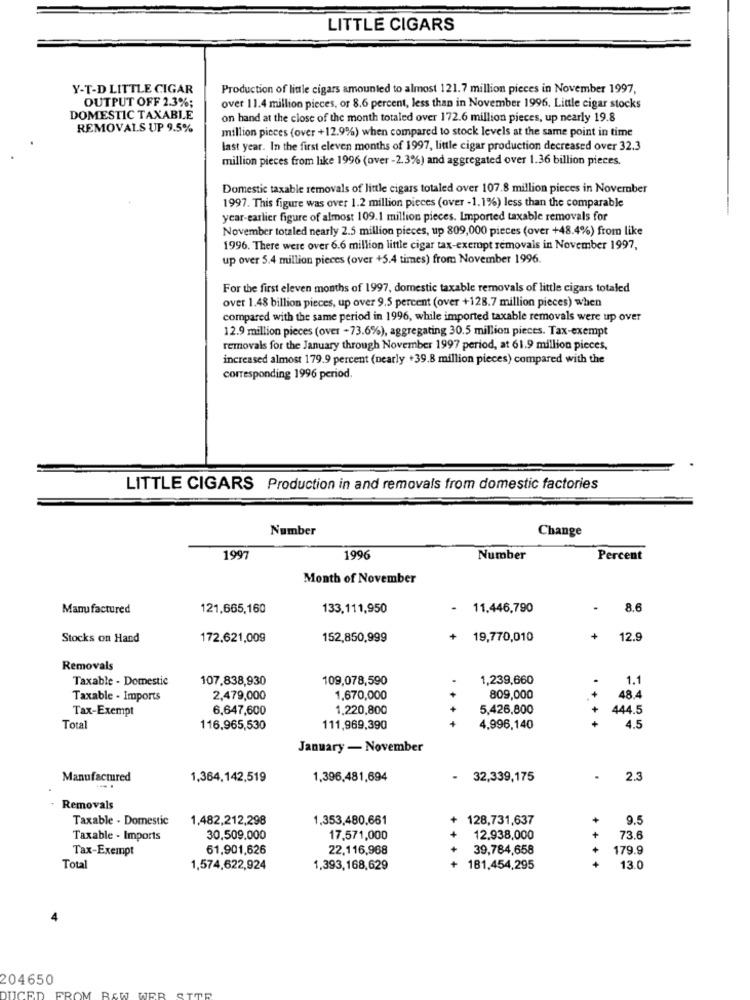
LITTLE CIGARS
Y-T-D LITTLE CIGAR
Production of little cigars amounted to almost 121.7 million pieces in November 1997,
OUTPUT OFF 2.3%;
over 11.4 million pieces, or 8.6 percent, less than in November 1996. Little cigar stocks
DOMESTIC TAXABLE
on hand at the close of the month totaled over 172.6 million pieces, up nearly 19.8
REMOVALS UP 9.5%
million pieces (over +12.9%) when compared to stock levels at the same point in time
last year. In the first eleven months of 1997, little cigar production decreased over 32.3
million pieces from like 1996 (over -2.3%) and aggregated over 1.36 billion pieces.
Domestic taxable removals of little cigars totaled over 107.8 million pieces in November
1997. This figure was over 1.2 million pieces (over -1.1%) less than the comparable
year-earlier figure of almost 109.1 million pieces. Imported taxable removals for
November totaled nearly 2.5 million pieces, up 809,000 pieces (over +48.4%) from like
1996. There were over 6.6 million little cigar tax-exerupt removals in November 1997,
up over 5.4 million pieces (over +5.4 times) from November 1996.
For the first eleven months of 1997, domestic taxable removals of little cigars totaled
over 1.48 billion pieces, up over 9.5 percent (over +128.7 million pieces) when
compared with the same period in 1996, while imported taxable removals were up over
12.9 million pieces (over -73.6%), aggregating 30.5 million pieces. Tax-exempt
removals for the January through November 1997 period, at 61.9 million pieces,
increased almost 179.9 percent (nearly +39.8 million pieces) compared with the
corresponding 1996 period.
LITTLE CIGARS Production in and removals from domestic factories
Number
Change
1997
1996
Number
Percent
Month of November
Manufactured
121,665,160
133,111,950
11.446,790
8.6
Stocks on Hand
172,621,009
152,850,999
19,770,010
12.9
Removals
Taxable - Domestic
107,838,930
109,078,590
1,239,660
1.1
Taxable - Imports
2,479,000
1.670,000
809,000
48.4
Tax-Exempt
6,647,600
1.220,800
5,426,800
444.5
Total
116,965,530
111,969,390
4.996,140
4.5
January - November
Manufactured
1,364,142,519
1,396,481,694
32,339,175
.
2.3
Removals
Taxable . Domestic
1,482,212,298
1.353,480,661
128,731,637
9.5
Taxable - Imports
30,509,000
17,571,000
12.938,000
+
73.6
Tax-Exempt
61,901,626
22.116,968
39,784,658
179.9
Total
1,574,622,924
1,393,168,629
181,454,295
13.0
204650
FROM
DUCED
JER